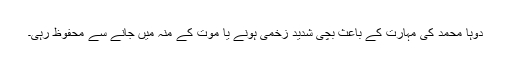
دوہا محمد کی مہارت کے باعث بچی شدید زخمی ہونے یا موت کے منہ میں جانے سے محفوظ رہی۔